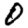
Digit: 0